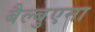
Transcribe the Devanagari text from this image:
बैल्बुएना